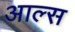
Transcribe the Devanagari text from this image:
आल्स